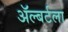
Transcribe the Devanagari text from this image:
ॲल्बर्टला